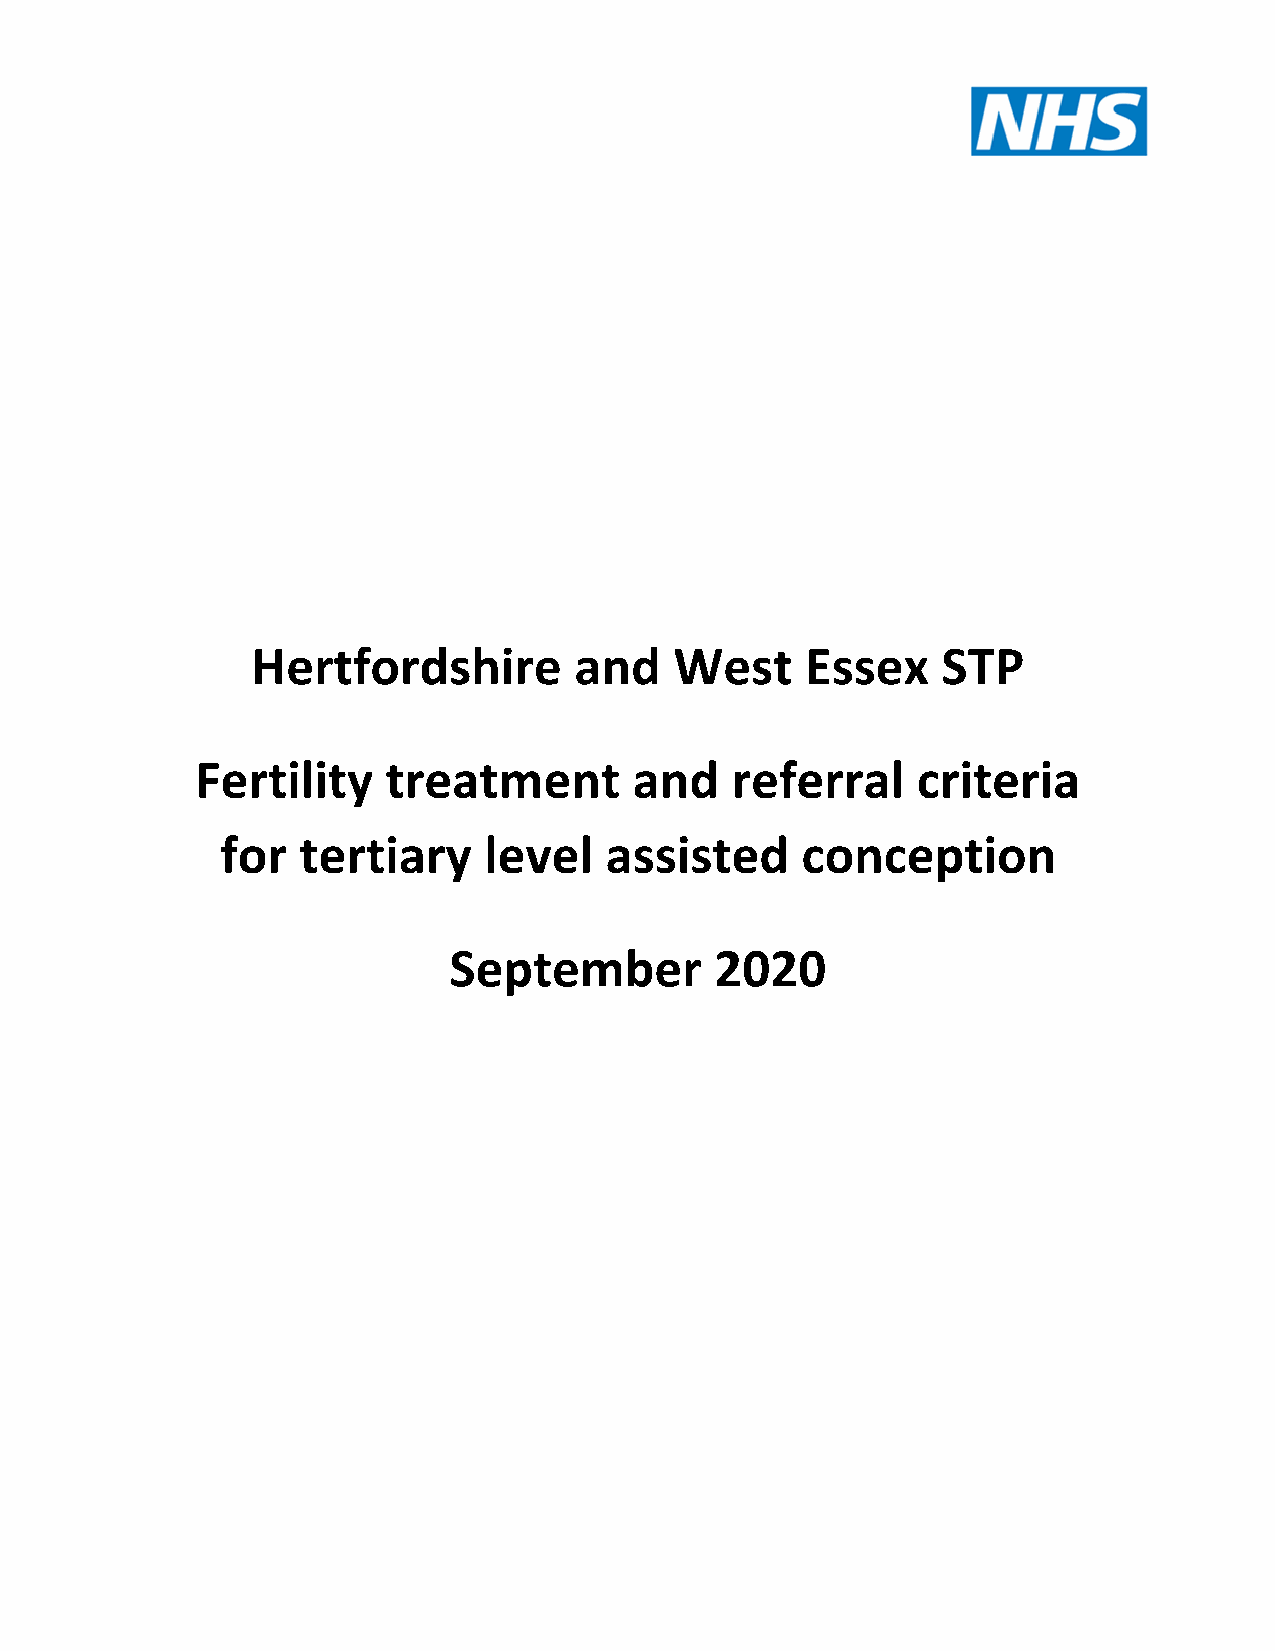
Hertfordshire        and    West    Essex    STP
 Fertility    treatment       and   referral     criteria
 for  tertiary    level   assisted     conception
 September        2020